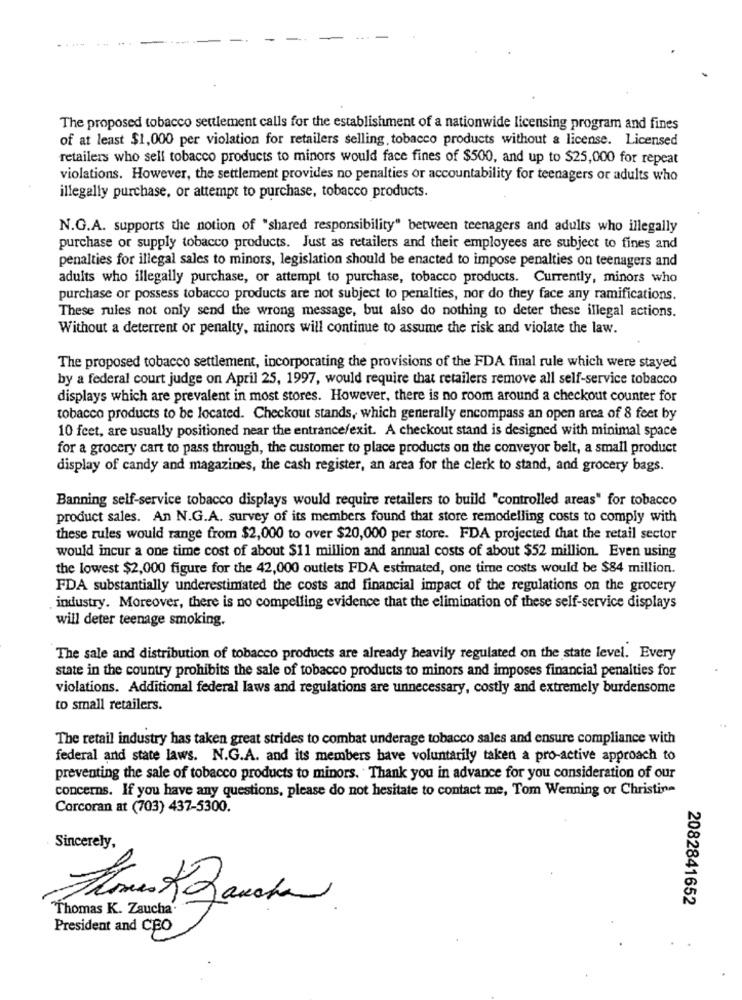
---
The proposed tobacco settlement calls for the establishment of a nationwide licensing program and fines
of at least $1,000 per violation for retailers selling, tobacco products without a license. Licensed
retailers who sell tobacco products to minors would face fines of $500, and up to $25,000 for repeat
violations. However, the settlement provides no penalties or accountability for teenagers or adults who
illegally purchase, or attempt to purchase, tobacco products.
N.G.A. supports the notion of "shared responsibility" between teenagers and adults who illegally
purchase or supply tobacco products. Just as retailers and their employees are subject to fines and
penalties for illegal sales to minors, legislation should be enacted to impose penalties on teenagers and
adults who illegally purchase, or attempt to purchase, tobacco products. Currently, minors who
purchase or possess tobacco products are not subject to penalties, nor do they face any ramifications.
These rules not only send the wrong message, but also do nothing to deter these illegal actions.
Without a deterrent or penalty, minors will continue to assume the risk and violate the law.
The proposed tobacco settlement, incorporating the provisions of the FDA final rule which were stayed
by a federal court judge on April 25, 1997, would require that retailers remove all self-service tobacco
displays which are prevalent in most stores. However, there is no room around a checkout counter for
tobacco products to be located. Checkout stands, which generally encompass an open area of 8 feet by
10 feet, are usually positioned near the entrance/exit. A checkout stand is designed with minimal space
for a grocery cart to pass through, the customer to place products on the conveyor belt, a small product
display of candy and magazines, the cash register, an area for the clerk to stand, and grocery bags.
Banning self-service tobacco displays would require retailers to build "controlled areas" for tobacco
product sales. An N.G.A. survey of its members found that store remodelling costs to comply with
these rules would range from $2,000 to over $20,000 per store. FDA projected that the retail sector
would incur a one time cost of about $11 million and annual costs of about $52 million. Even using
the lowest $2,000 figure for the 42,000 outlets FDA estimated, one time costs would be $84 million.
FDA substantially underestimated the costs and financial impact of the regulations on the grocery
industry. Moreover, there is no compelling evidence that the elimination of these self-service displays
will deter teenage smoking.
The sale and distribution of tobacco products are already heavily regulated on the state level. Every
state in the country prohibits the sale of tobacco products to minors and imposes financial penalties for
violations. Additional federal laws and regulations are unnecessary, costly and extremely burdensome
to small retailers.
The retail industry has taken great strides to combat underage tobacco sales and ensure compliance with
federal and state laws. N.G.A. and its members have voluntarily taken a pro-active approach to
preventing the sale of tobacco products to minors. Thank you in advance for you consideration of our
concerns. If you have any questions, please do not hesitate to contact me, Tom Wenning or Christine
Corcoran at (703) 437-5300.
Sincerely,
2082841652
Thomas K. Zaucha.
President and CEO